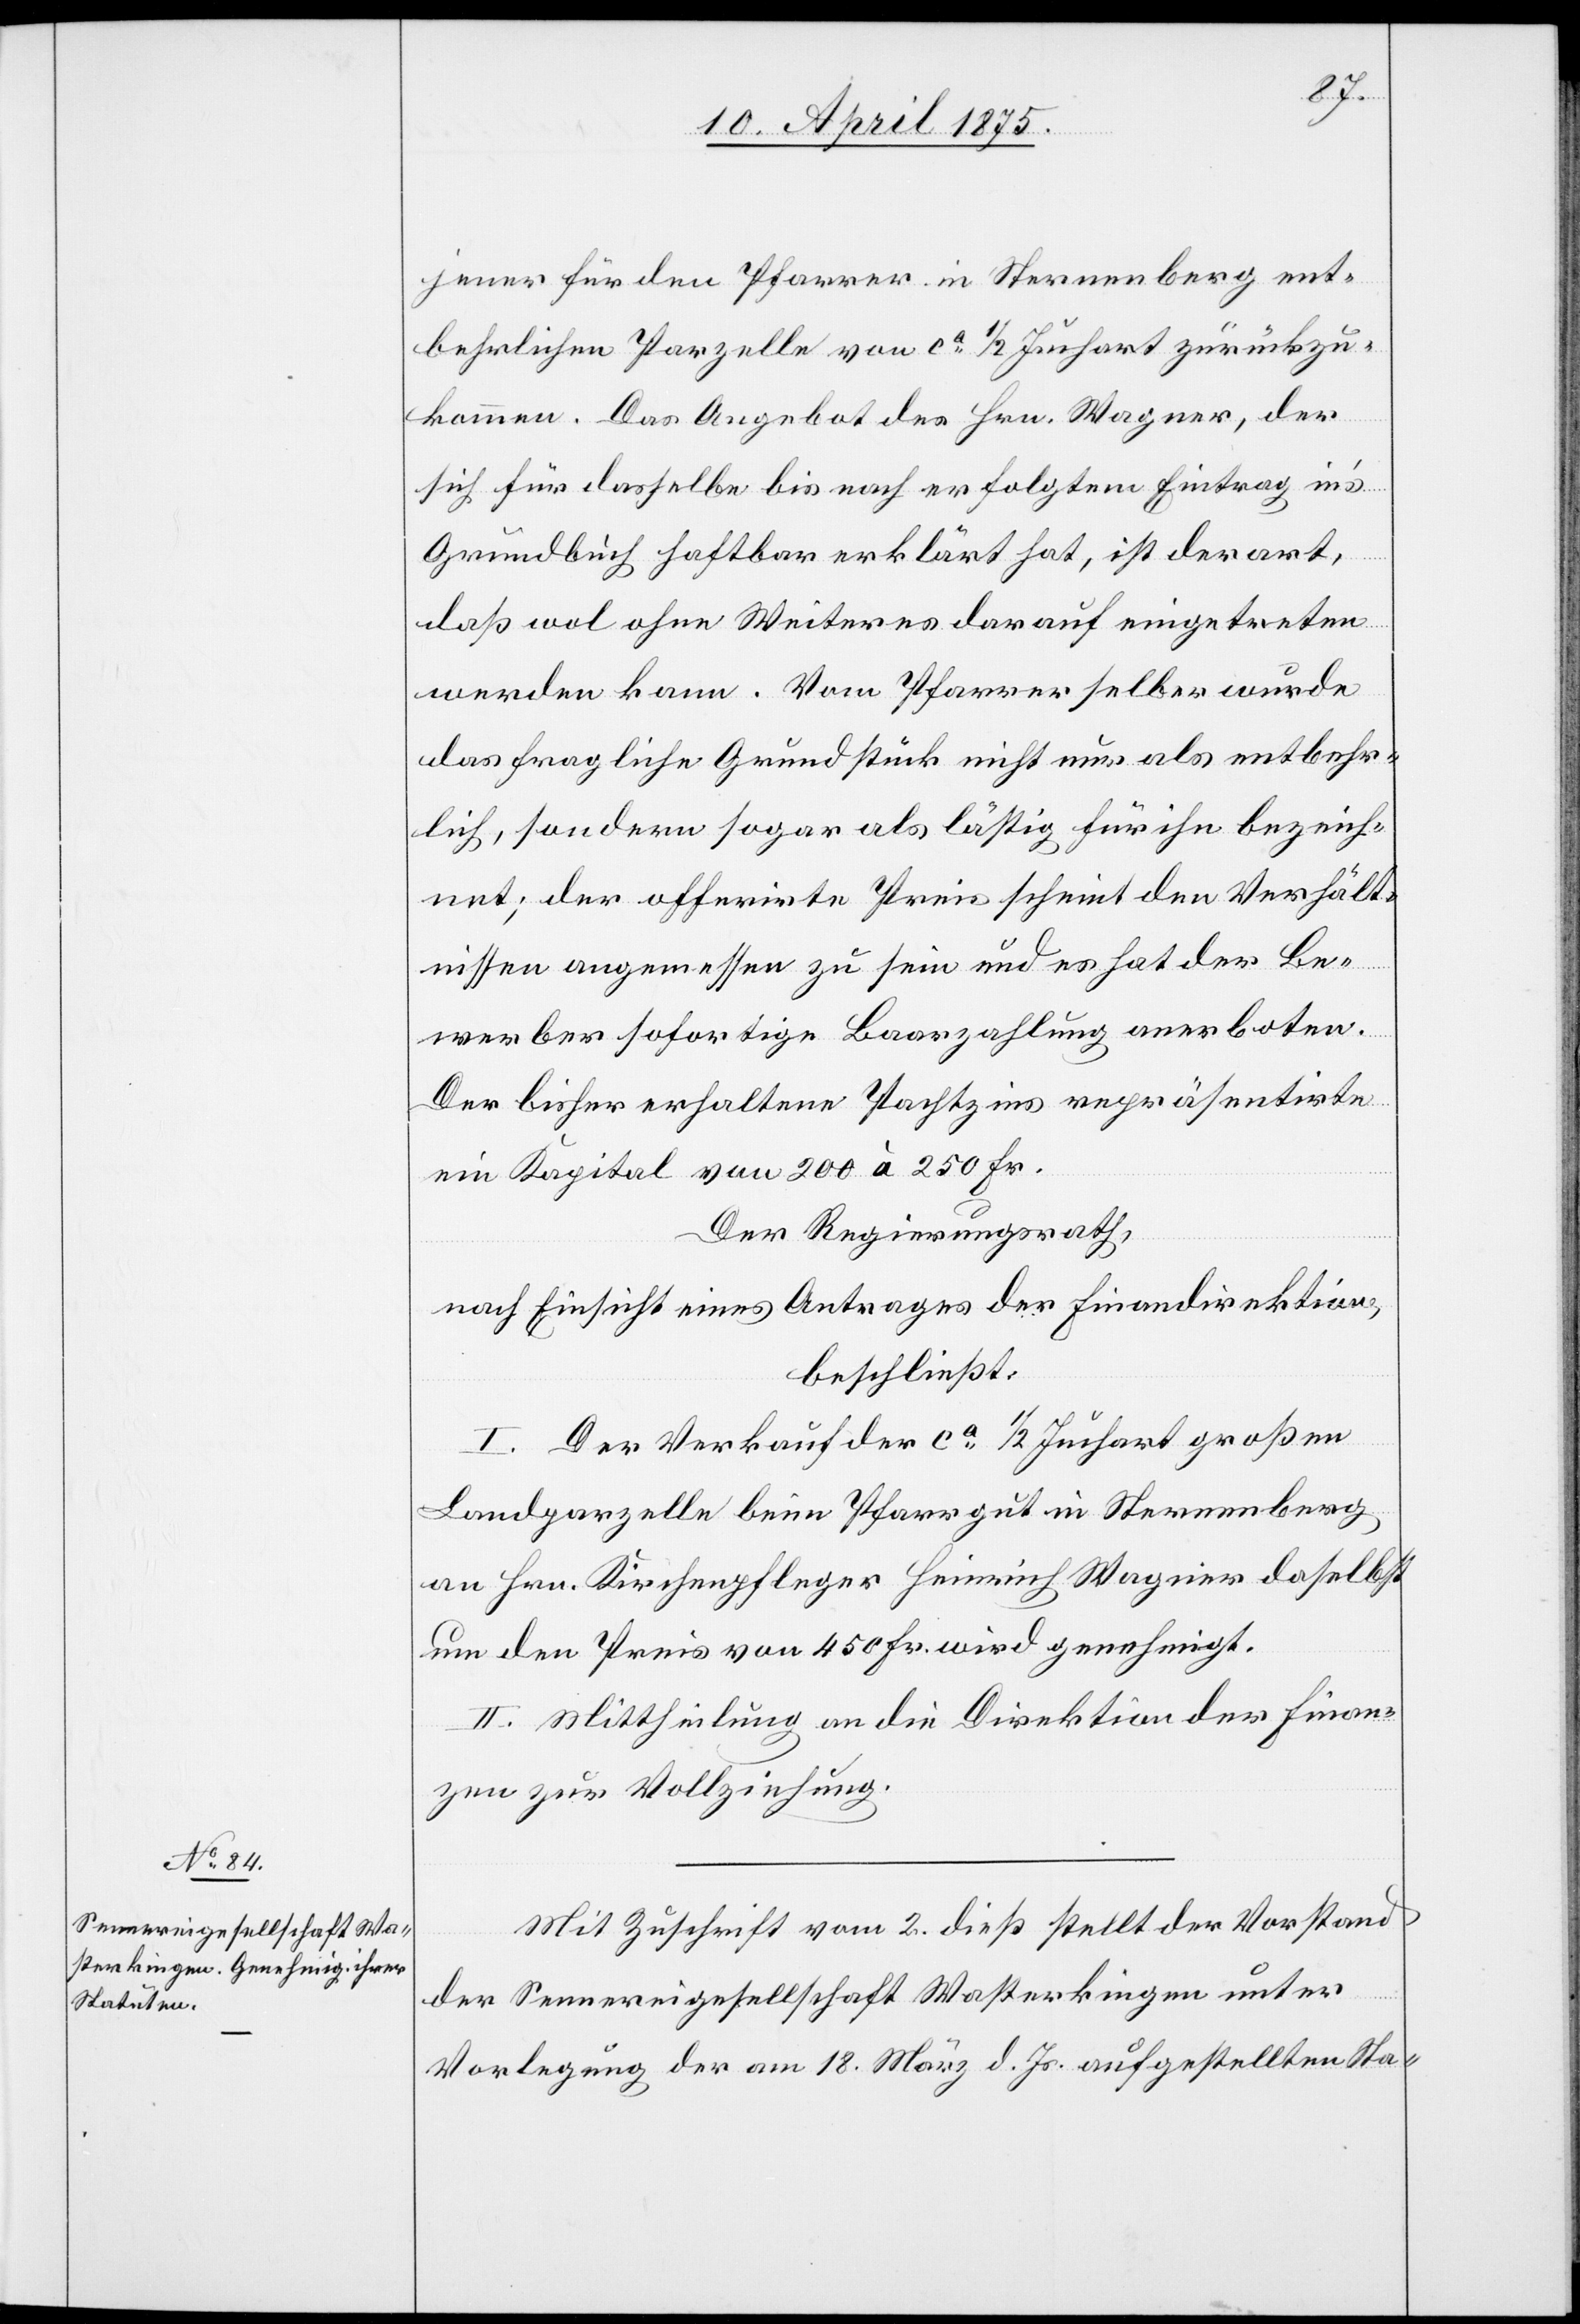
jener für den Pfarrer in Sternenberg ent¬
behrlichen Parzelle von ca 1/2 Juchart zurückzu¬
kommen. Das Angebot des Hrn. Wagner, der
sich für dasselbe bis nach erfolgtem Eintrag in’s
Grundbuch haftbar erklärt hat, ist derart,
daß wol ohne Weiteres darauf eingetreten
werden kann. Vom Pfarrer selber wurde
des fragliche Grundstück nicht nur als entbehr¬
lich, sondern sogar als lästig für ihn bezeich¬
net; der offerirte Preis scheint den Verhält¬
nissen angemessen zu sein und es hat der Be¬
werber sofortige Baarzahlung anerboten.
Der bisher erhaltene Pachtzins repräsentirte
ein Kapital von 200 à 250 Fr.
Der Regierungsrath,
nach Einsicht eines Antrages der Finanzdirektion,
beschließt:
I. Der Verkauf der ca 1/2 Juchart großen
Landparzelle beim Pfarrgut in Sternenberg
an Hrn. Kirchenpfleger Heinrich Wagner daselbst
um den Preis von 450 Fr. wird genehmigt.
II. Mittheilung an die Direktion der Finan¬
zen zur Vollziehung.
Mit Zuschrift vom 2. dieß. stellt der Vorstand
der Sennereigesellschaft Wasterkingen unter
Vorlegung der am 18. März d. Js. aufgestellten Sta-